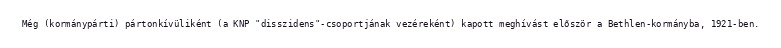
Még (kormánypárti) pártonkívüliként (a KNP "disszidens"-csoportjának vezéreként) kapott meghívást először a Bethlen-kormányba, 1921-ben.